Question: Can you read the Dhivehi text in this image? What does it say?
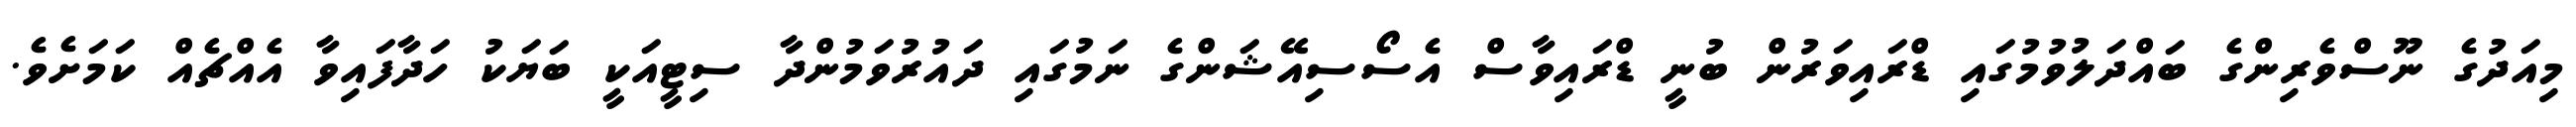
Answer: މިއަދުގެ ނޫސްވެރިންގެ ބައްދަލުވުމުގައި ޑްރައިވަރުން ބުނީ ޑްރައިވާސް އެސޯސިއޭޝަންގެ ނަމުގައި ދައުރުވަމުންދާ ސިޓީއަކީ ބަޔަކު ހަދާފައިވާ އެއްޗެއް ކަމަށެވެ.